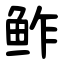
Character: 鲊